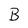
Character: B